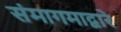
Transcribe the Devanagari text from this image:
संमागमाद्वारे